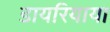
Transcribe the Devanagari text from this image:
डायरियाया